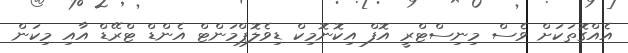
އެއްގޮތަކަށް ވެސް މިނިސްޓްރީ އޮފް އިކޮނޮމިކް ޑިވެލޮޕްމަންޓް އެންޑް ޓްރޭޑް އާއި މިކަން